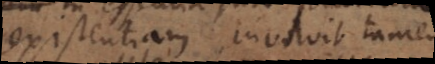
existentiam, involvit tamen